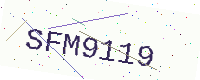
Text: SFM9119